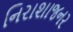
નિરાશાજનર